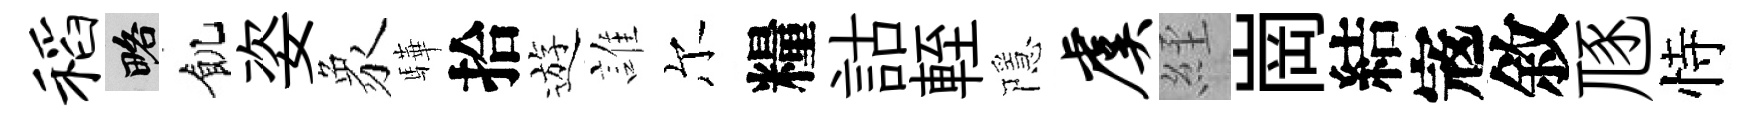
稻略飢姿象驊拾遊誰尔糧詁輊隱虞𦀇崗結𡨥敘豗恃